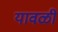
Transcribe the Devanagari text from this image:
यावळी